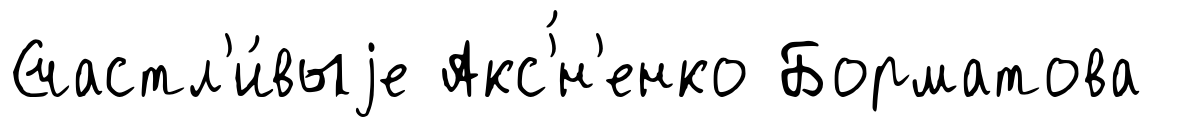
Счастл'и́выjе Акс'́н'енко Борматова